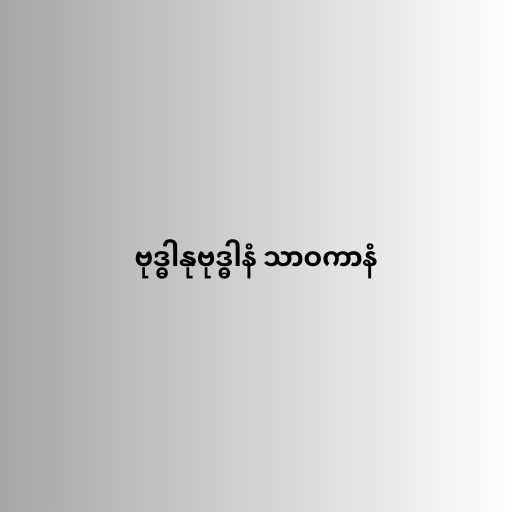
ဗုဒ္ဓါနုဗုဒ္ဓါနံ သာဝကာနံ